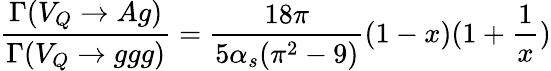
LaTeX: \frac{\Gamma(V_{Q}\rightarrow Ag)}{\Gamma(V_{Q}\rightarrow ggg)}=\frac{18\pi}{5\alpha_{s}(\pi^{2}-9)}(1-x)(1+\frac{1}{x})